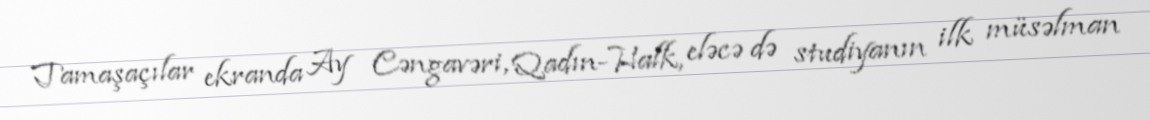
Tamaşaçılar ekranda Ay Cəngavəri, Qadın-Halk, eləcə də studiyanın ilk müsəlman